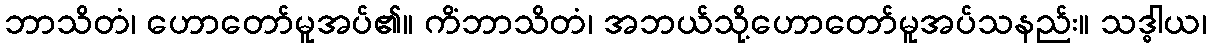
ဘာသိတံ၊ ဟောတော်မူအပ်၏။ ကိံဘာသိတံ၊ အဘယ်သို့ဟောတော်မူအပ်သနည်း။ သဒ္ဓါယ၊